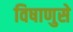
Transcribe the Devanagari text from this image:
विषाणुसे